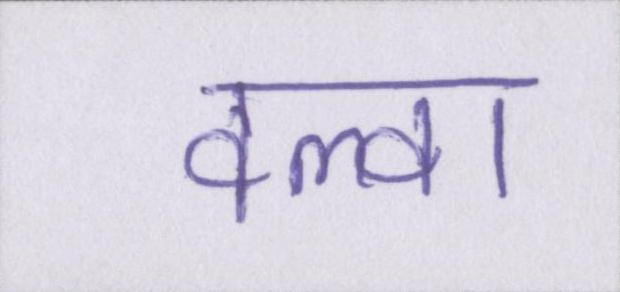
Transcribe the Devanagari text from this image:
वल्वा